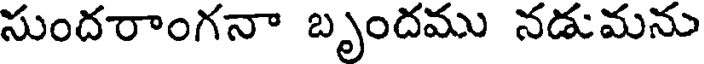
సుందరాంగనా బృందము నడుమను